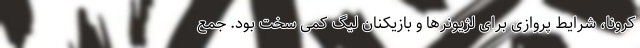
کرونا، شرایط پروازی برای لژیونرها و بازیکنان لیگ کمی سخت بود. جمع